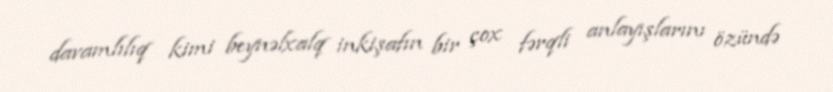
davamlılıq kimi beynəlxalq inkişafın bir çox fərqli anlayışlarını özündə